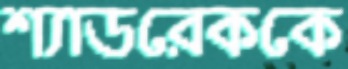
শ্যাডরেককে